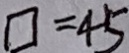
\square = 4 5